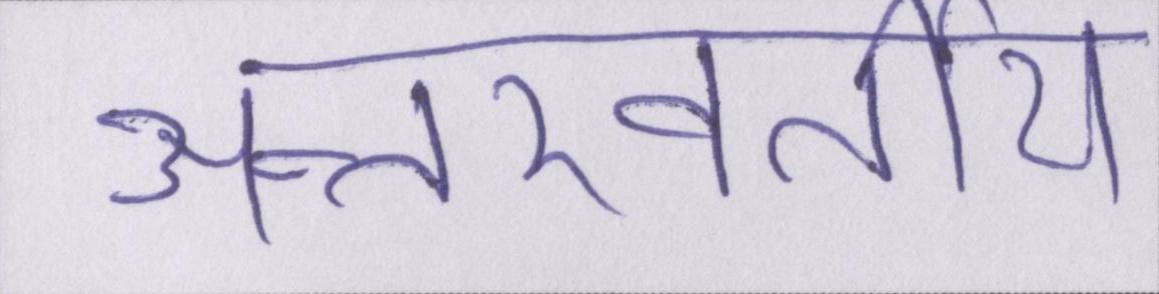
अन्तरवर्तीय